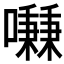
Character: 𱕢